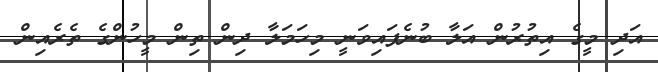
އަދި މީގެ އިތުރުން އަލާ ބުނެފައިވަނީ މިހަމަލާ ދިން ތިން މީހުންގެ ތެރެއިން